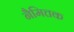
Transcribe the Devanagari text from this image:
नैमित्तक